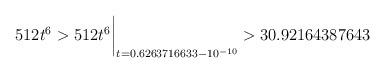
LaTeX: \begin{align*}512 t^6 > 512 t^6\biggr\rvert_{t=0.6263716633 - 10^{-10}} > 30.92164387643\quad\end{align*}